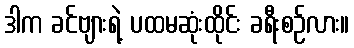
ဒါက ခင်ဗျားရဲ့ ပထမဆုံးထိုင်း ခရီးစဉ်လား။